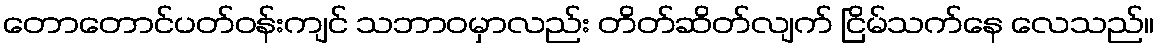
တောတောင်ပတ်ဝန်းကျင် သဘာဝမှာလည်း တိတ်ဆိတ်လျက် ငြိမ်သက်နေ လေသည်။